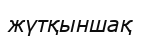
жүтқыншақ